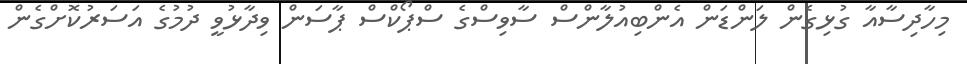
މިހާދިސާއާ ގުޅިގެން ލަންޑަން އެންބިއުލާންސް ސާވިސްގެ ސްޕޯކްސް ޕާސަން ވިދާޅުވީ ދުމުގެ އަސަރުކޮށްގެން